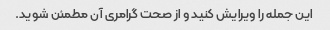
این جمله را ویرایش کنید و از صحت گرامری آن مطمئن شوید.